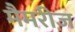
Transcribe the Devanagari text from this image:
मैमरीज़